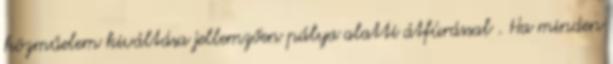
közműelem kiváltása jellemzően pálya alatti átfúrással . Ha minden